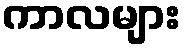
ကာလများ